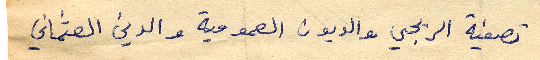
تصفية الريجي والديون العمومية والدين العثماني